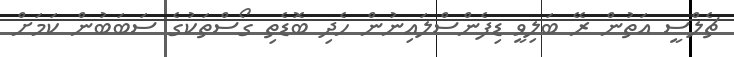
ޗެލްސީ އަތުން ރޭ ބަލިވީ ޑިފެންސްލައިނުން ހެދި ބޮޑެތި ގޯސްތަކުގެ ސަބަބުން ކަމަށް